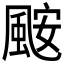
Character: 𮨪